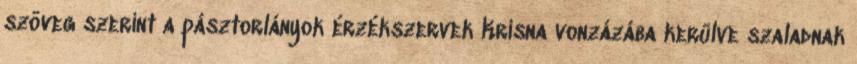
szöveg szerint a pásztorlányok érzékszervek Krisna vonzázába kerülve szaladnak